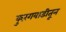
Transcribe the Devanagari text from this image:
कुरंगवाडीतून